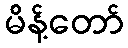
မိန့်တော်